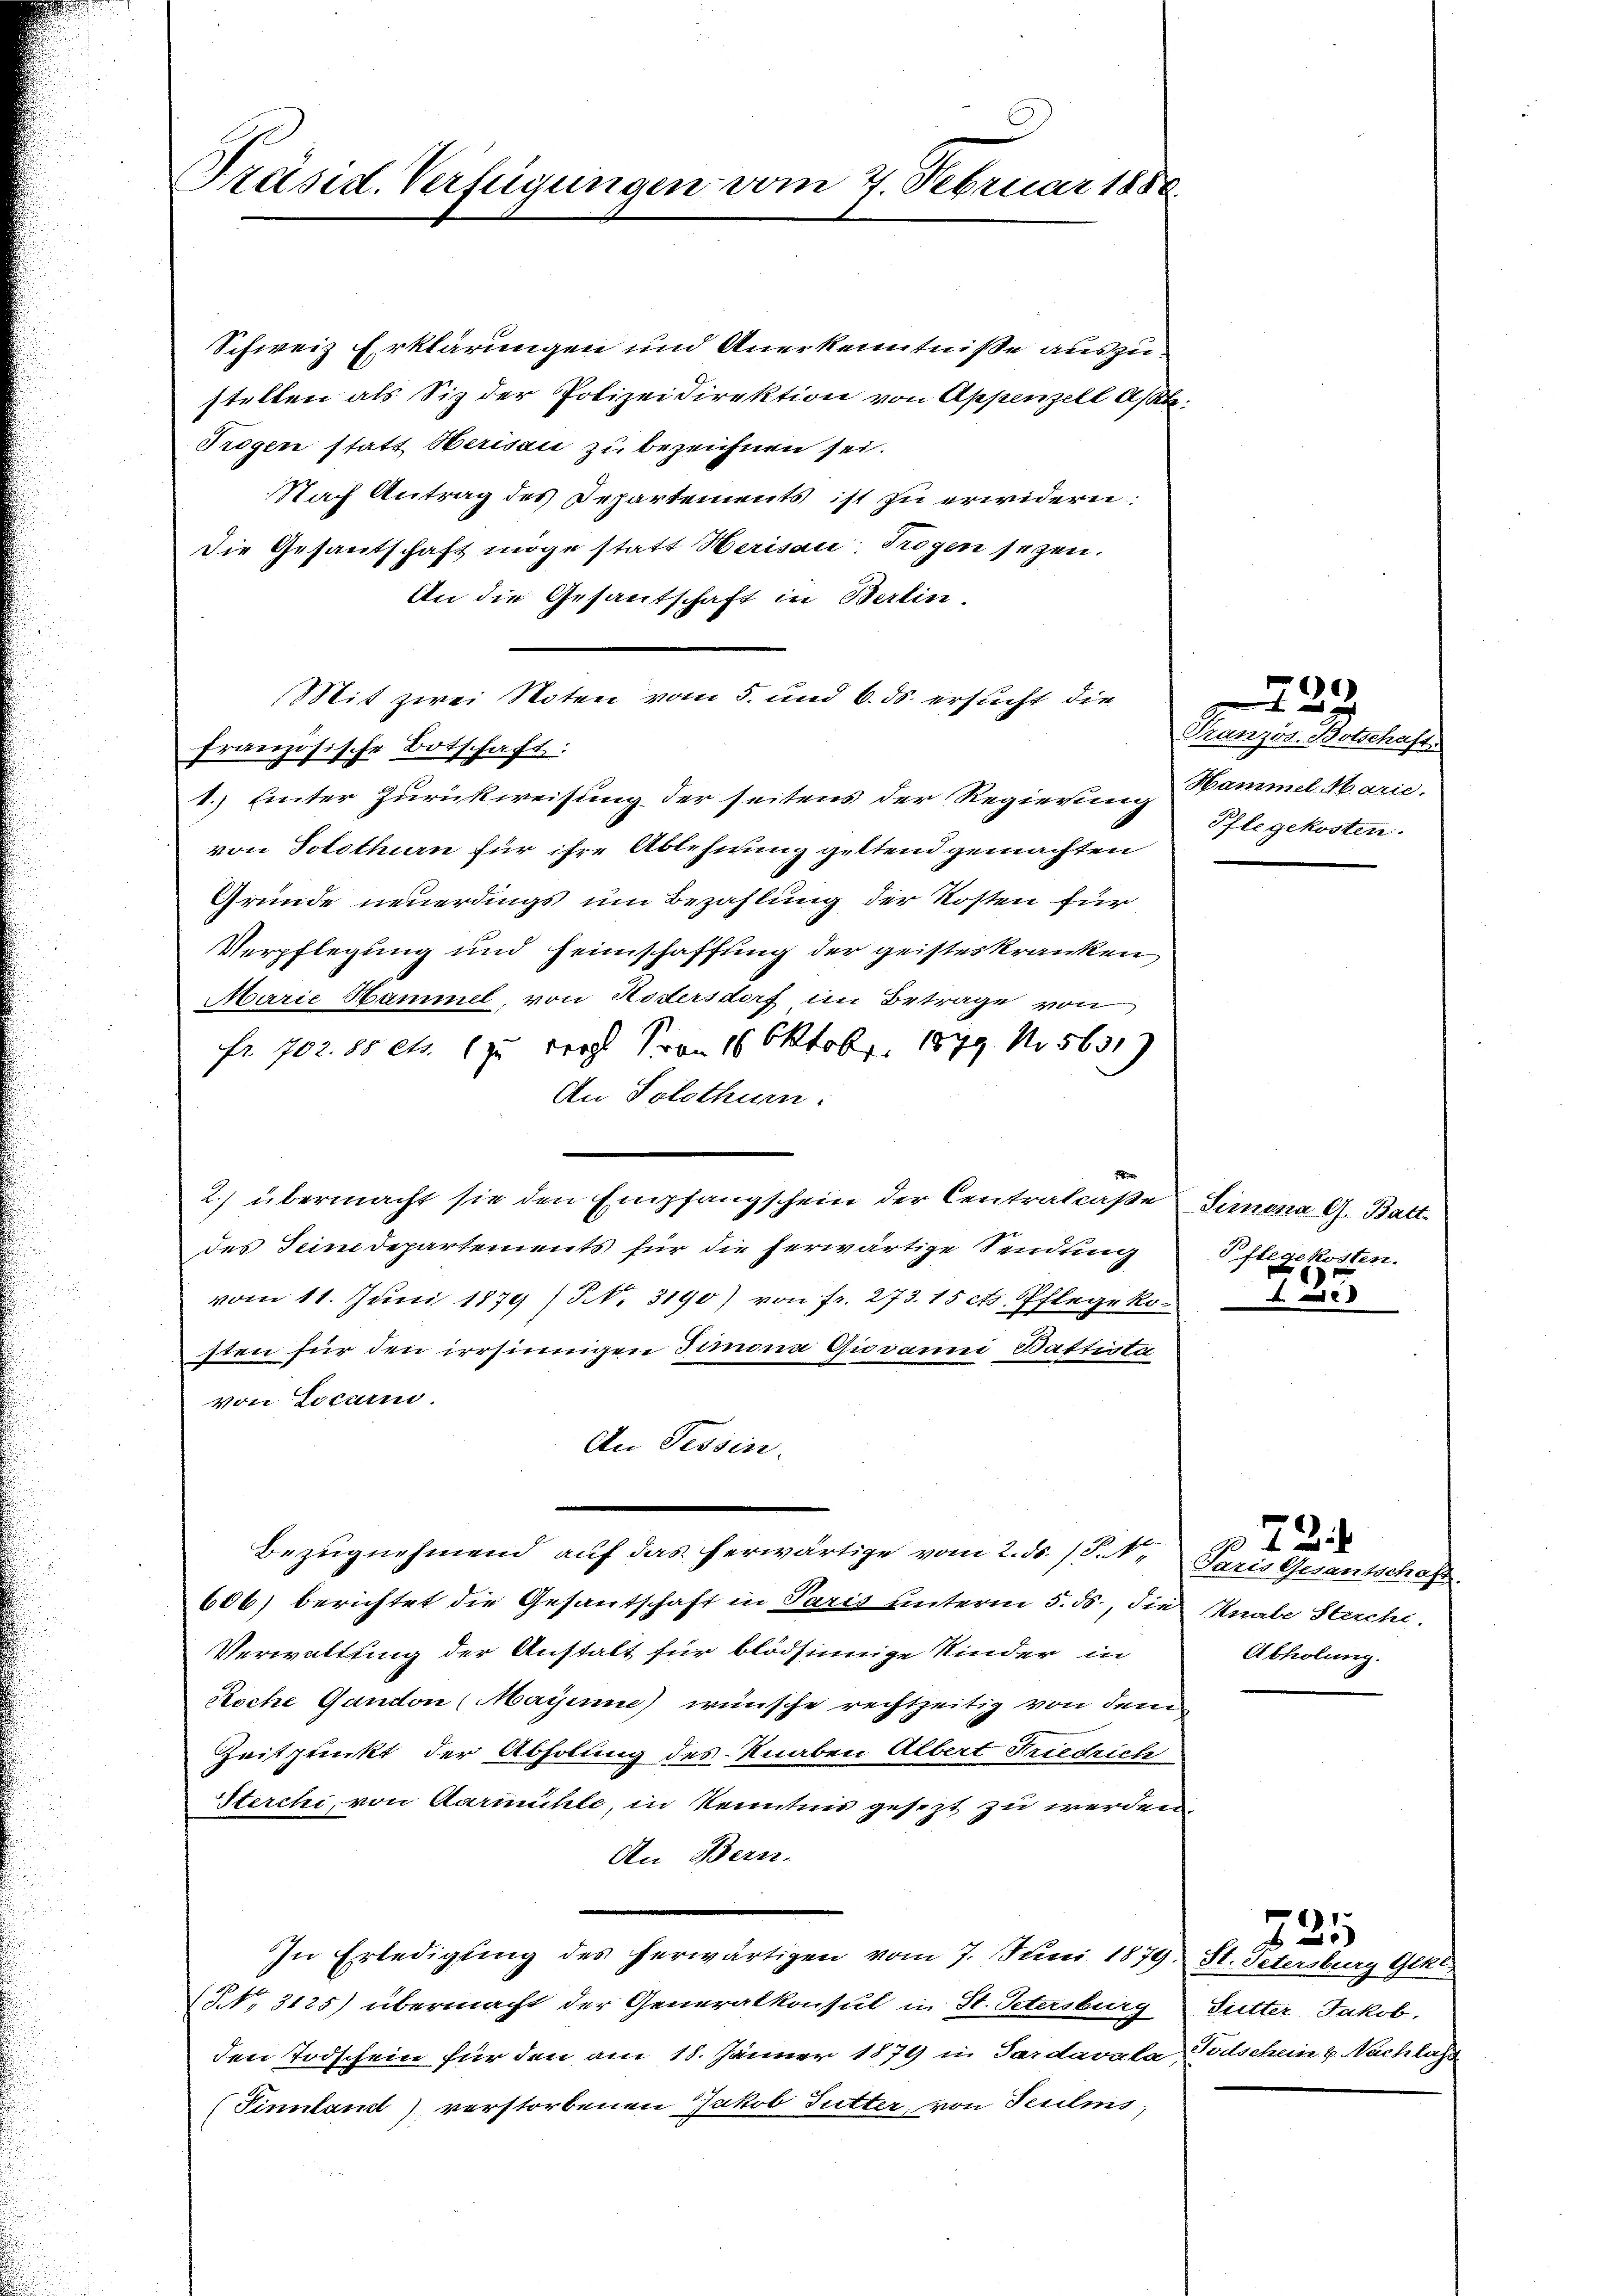
Präsid. Verfügungen vom 7. Februar 1888.

Schweiz Erklärungen und Anerkenntniße auszustellen als Sitz der Polizeidirektion von Appenzell A/Rh.
Trogen statt Herisau zu bezeichnen sei.
Nach Antrag des Departements ist zu erwidern:
Die Gesantschaft möge statt Herisau, Trogen seyen.
An die Gesantschaft in Berlin.
(Mit zwei Noten vom 5. und 6. ds. ersucht die
französische Botschaft:
1.) Einter Zurückweisung der seitens der Regierung Hammel Marie-
von Solothurn für ihre Ablehnung geltend gemachten
Gründe neuerdings um Bezahlung der Kosten für
Verpflegung und Heimschaffung der geisteskranken
Marie Hammel, von Hödersdorf im Betrage von
fr. 702. 85 Cts. 1 zu droht Pron 16 Oktobr. 1849 No 5631)
An Solothurn.
2) übermacht sie den Empfangschein der Centralcaße
des Seine Departements für die herwärtige Sendung
vom 11. Juni 1879 (S. 3190) von fr. 273. 15 cts. Pflegeko
sten für den irrsinnigen Simona Giovanni Battista
von Locarn.
An Tessin.
Bezugnehmend auf das herwärtige vom 2. ds. S. N.
606) berichtet die Gesantschaft in Paris hinterm 5. ds., die Knabe Sterche.
Verwaltung der Anstalt für blödsinnige Kinder in
Roche Gandon (Mayenne) wünsche rechtzeitig von dem
Zeitpunkt der Abholung des Knaben Albert Friedrich
Sterchi, von Aarmühle, in Kenntnis gesezt zu werden,
An Bern.
In Erledigung des herwärtigen vom 7. Juni 1879. St. Petersburg Gekl
NNo. 3125) übermacht der Generalkonsul in St. Petersburg Sutter Jakob.
den Todschein für den am 18. Jänner 1879 in Pardavala, Todschein u. Nachlass
(Finnland) verstorbenen Jakob Sutter, von Teilnis,

499
s
Gränz(...) Botschaft.
Pflegekosten.

Simona G. Batt
Pflegekosten.
125

Paris Gesantschaft
Abholung.

72.

f 25

e